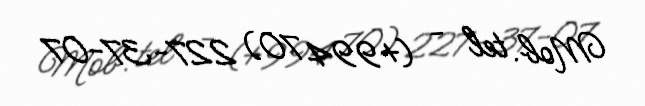
Mob. tel - (+994 70) 227-37-07